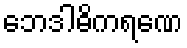
ဘေဒါဓိကရဏေ